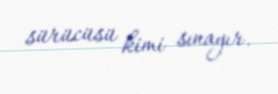
sürücüsü kimi sınayır.